Jarvakandi_vallavalitsus, lk 16
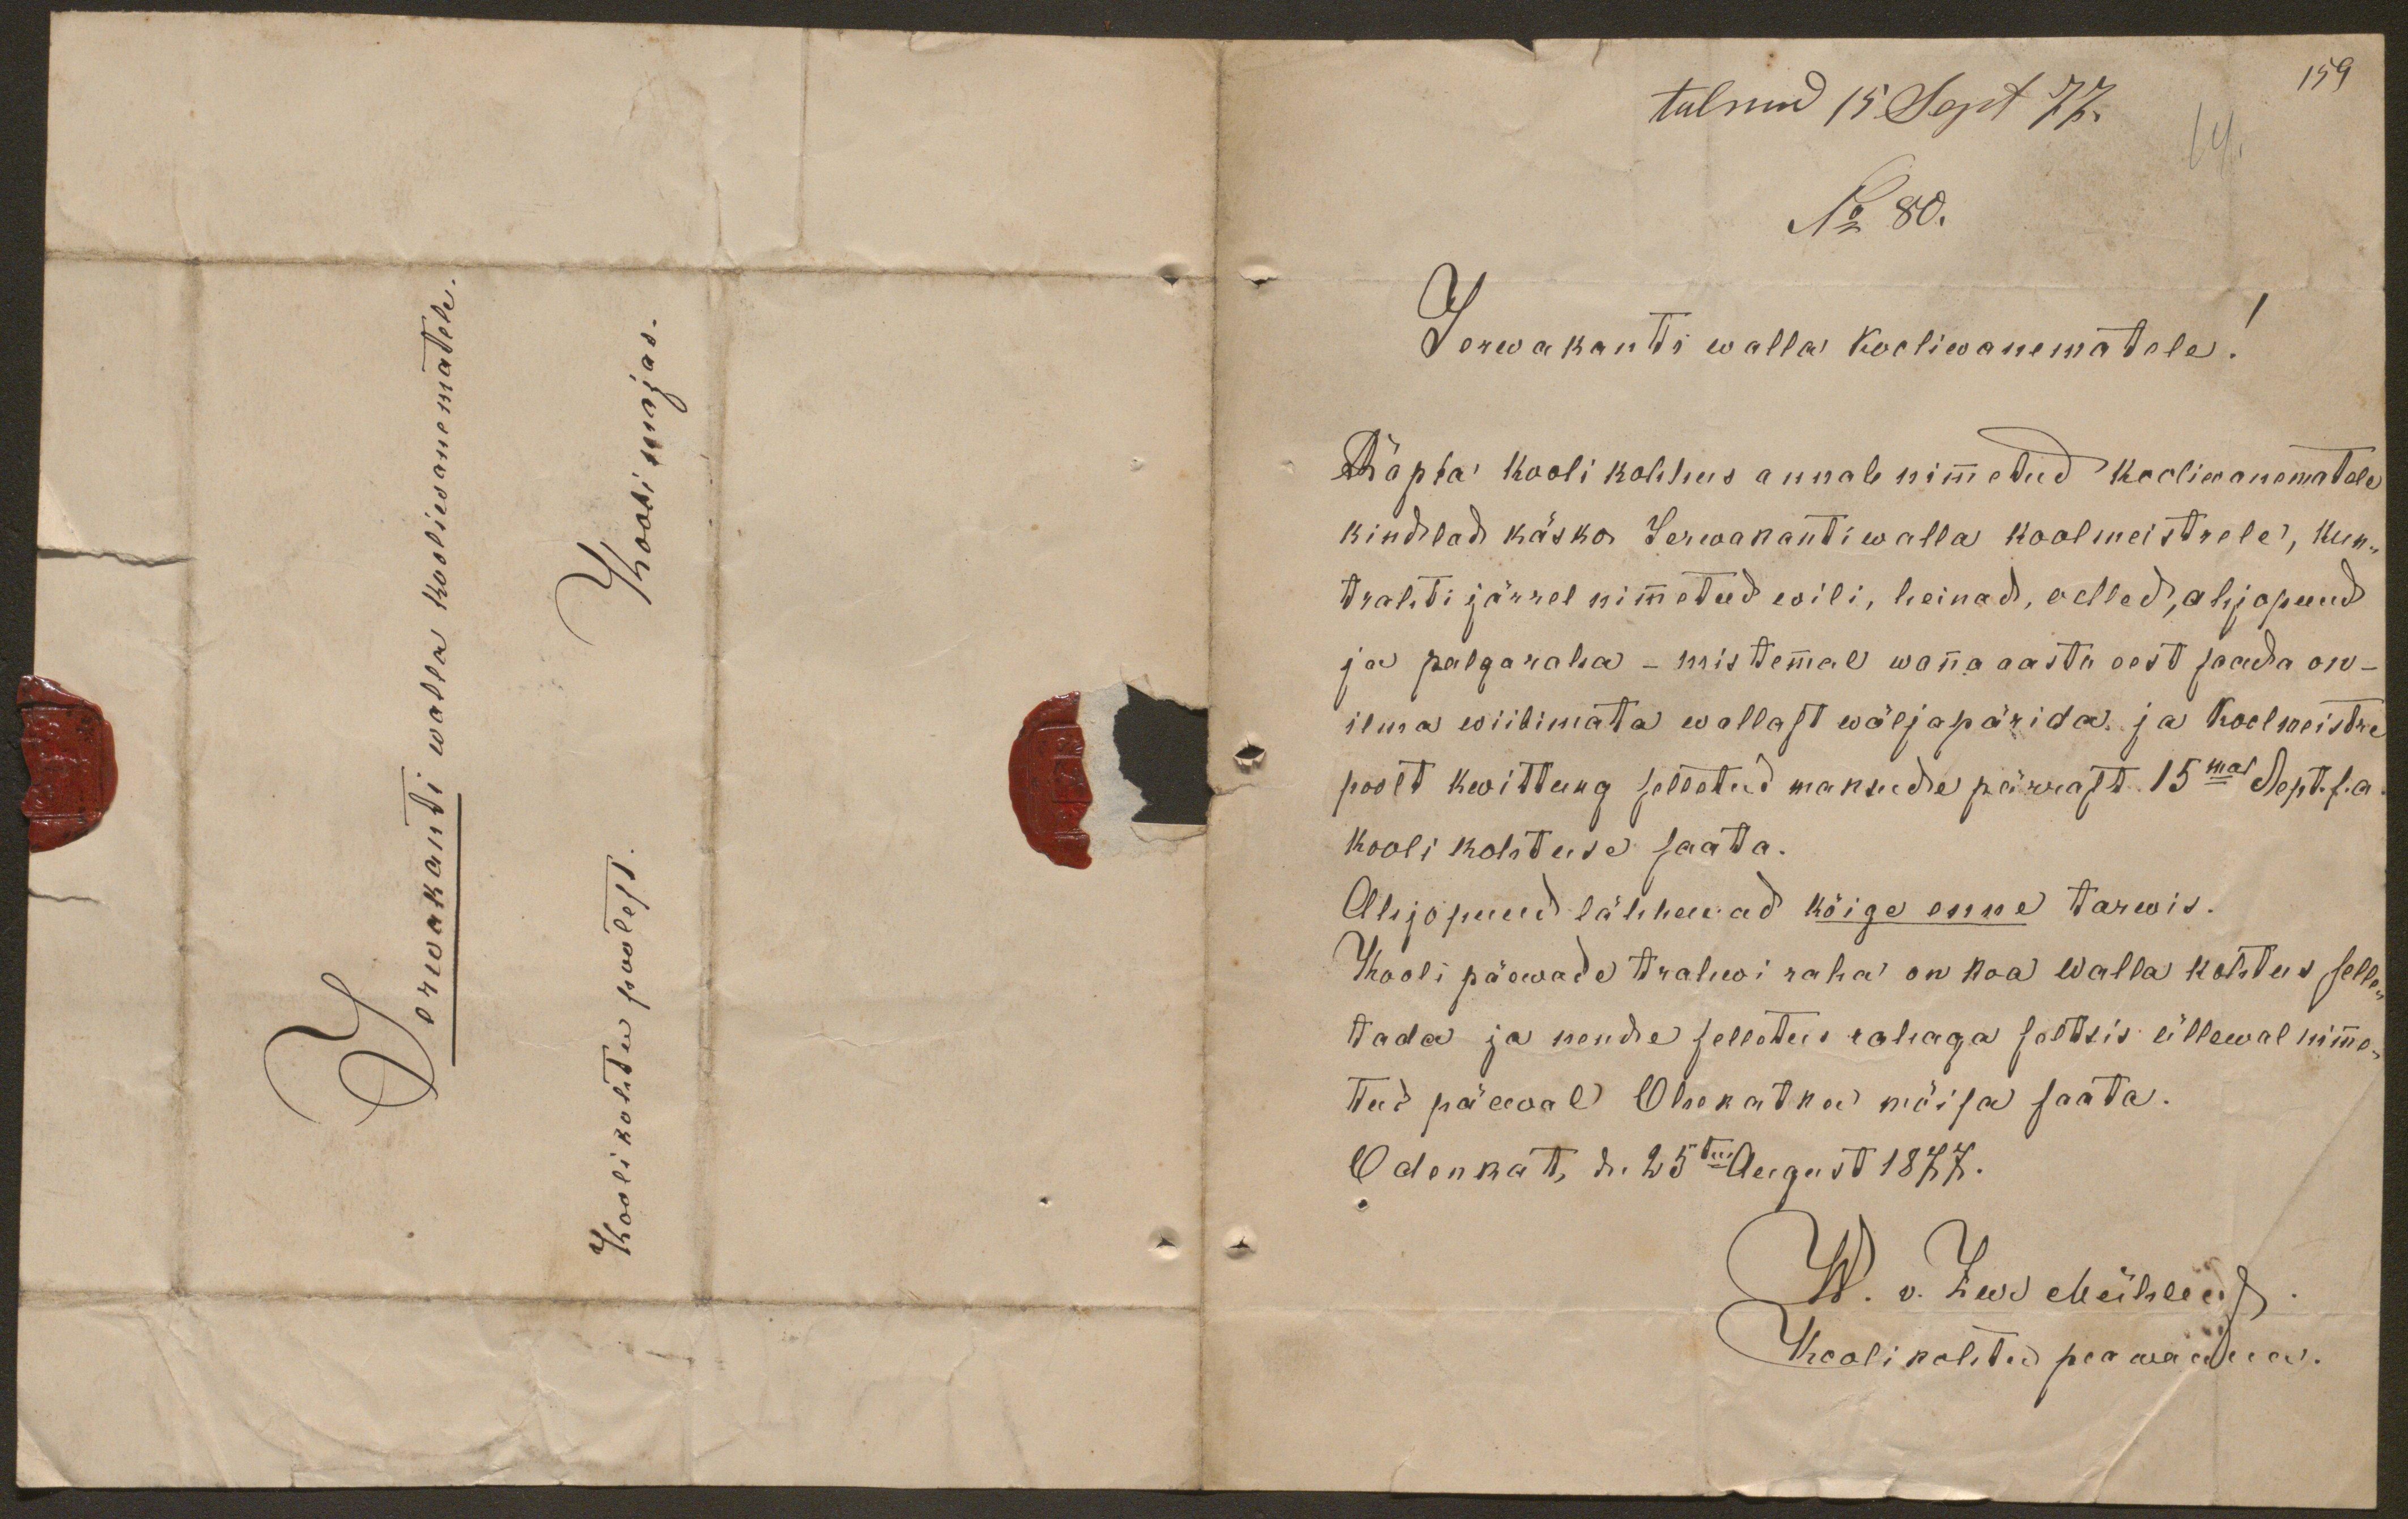
Jerwakanti walla kooliwanematele
Koolimajas
Koolikohtu poolest.

tulnud 15 Sept 77.
159
No 80.
Jerwakanti walla kooliwanematele!
Ärapta kooli kohhus annab nimetud kooliwanematele
kindlad käsko. Jerwakanti walla koolmeistrele, kun
traliti järrel nimetud wili, heinad, oelled, ahjopuud
ja palgaraha - mis temal wana aasta eest saada on-
ilma wiibimata wallast wäljapärida ja koolmeistri
poolt kwihtung selletud maksude pärrast 15mal Sept. s.a.
kooli kohtuse saata.
Ahjopuud lähhewad kõige enne tarwis.
Kooli päewade trahwi raha on kaa walla kohtus selle-
tada ja nende selletud rahaga seltsis üllewal nime
tud päeval Ohekatku mõisa saata.
Odenkat, d. 25mal August 1877.
W. v. Ew. Mütleld
Koolikohtu peawanna.